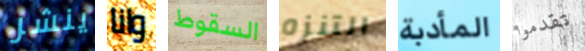
ينشر وانا السقوط التنزه المأدبة تقدموا